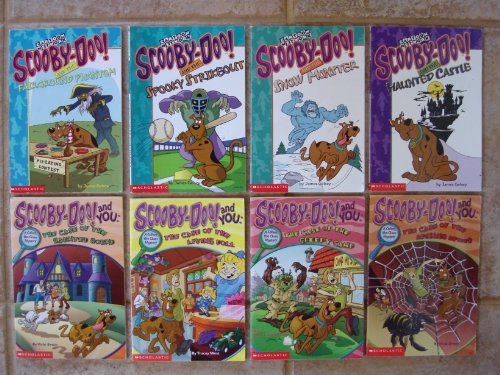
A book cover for Scooby-Doo Set of 8 Mystery Chapter Books (Haunted Castle ~ Snow Monster ~ Fairground Phantom ~ Spooky Strikeout ~ Case of the Haunted Hound ~ Case of the Living Doll ~ Case of the Spinning Spider ~ The Creepy Camp); James Gelsey; Crafts, Hobbies & Home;